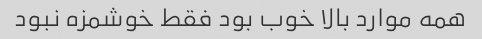
همه موارد بالا خوب بود فقط خوشمزه نبود